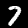
Digit: 7